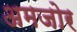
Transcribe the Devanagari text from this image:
अमजोर